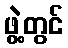
ဖွဲ့တွင်